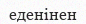
еденінен